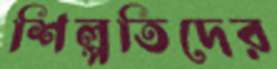
শিল্পতিদের